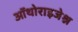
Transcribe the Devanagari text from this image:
ऑथोराइजेश्न